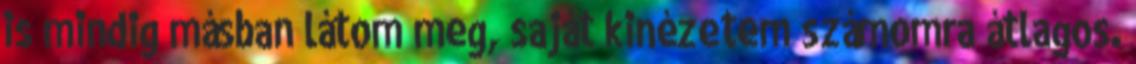
is mindig másban látom meg, saját kinézetem számomra átlagos.